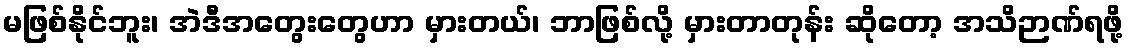
မဖြစ်နိုင်ဘူး၊ အဲဒီအတွေးတွေဟာ မှားတယ်၊ ဘာဖြစ်လို့ မှားတာတုန်း ဆိုတော့ အသိဉာဏ်ရဖို့